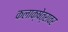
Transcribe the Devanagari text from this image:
कलाक्षेत्रावर